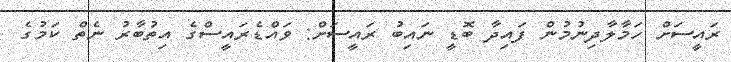
ރައީސަށް ހަމާލާދިނުމުން ފައިދާ ބޮޑީ ނައިބު ރައީސަށް: ވައްޑެރައީސްގެ އިތުބާރު ނެތް ކަމުގެ